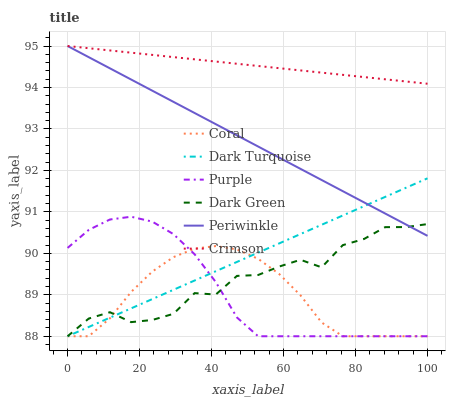
| xaxis_label | Coral | Dark Turquoise | Purple | Dark Green | Periwinkle | Crimson |
 | --- | --- | --- | --- | --- | --- | --- |
 | 0 | 88 | 88 | 90.1 | 88 | 95 | 95 |
 | 5.88 | 88 | 88.2 | 90.6 | 88.4 | 94.7 | 94.9 |
 | 11.8 | 88.4 | 88.4 | 90.8 | 88.6 | 94.5 | 94.9 |
 | 17.6 | 89.1 | 88.7 | 90.9 | 88.3 | 94.2 | 94.8 |
 | 23.5 | 89.6 | 88.9 | 90.8 | 88.4 | 93.9 | 94.8 |
 | 29.4 | 89.9 | 89.1 | 90.5 | 88.5 | 93.7 | 94.7 |
 | 35.3 | 90.1 | 89.3 | 90 | 89 | 93.4 | 94.7 |
 | 41.2 | 90.2 | 89.6 | 89.3 | 89 | 93.1 | 94.6 |
 | 47.1 | 90.1 | 89.8 | 88.5 | 89.5 | 92.8 | 94.6 |
 | 52.9 | 89.9 | 90 | 88 | 89.5 | 92.6 | 94.5 |
 | 58.8 | 89.5 | 90.2 | 88 | 89.7 | 92.3 | 94.5 |
 | 64.7 | 89 | 90.5 | 88 | 89.8 | 92 | 94.4 |
 | 70.6 | 88.3 | 90.7 | 88 | 89.7 | 91.8 | 94.4 |
 | 76.5 | 88 | 90.9 | 88 | 90.2 | 91.5 | 94.3 |
 | 82.4 | 88 | 91.1 | 88 | 90.3 | 91.2 | 94.3 |
 | 88.2 | 88 | 91.4 | 88 | 90.6 | 91 | 94.2 |
 | 94.1 | 88 | 91.6 | 88 | 90.6 | 90.7 | 94.1 |
 | 100 | 88 | 91.8 | 88 | 90.7 | 90.4 | 94.1 |